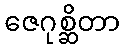
ဇေဂုစ္ဆိတာ